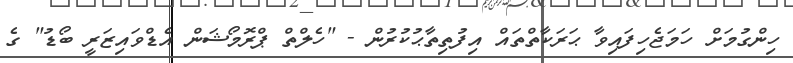
ހިންގުމަށް ހަމަޖެހިފައިވާ ޙަރަކާތްތައް އިފުތިތާޙުކުރުން - "ހެލްތް ޕްރޮމޯޝަން އެޑްވައިޒަރީ ބޯޑު" ގެ